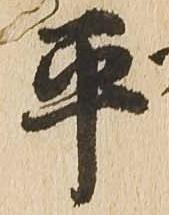
平